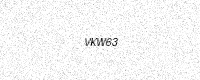
Text: VKW63